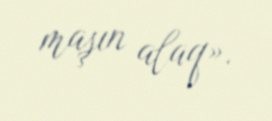
maşın alaq».